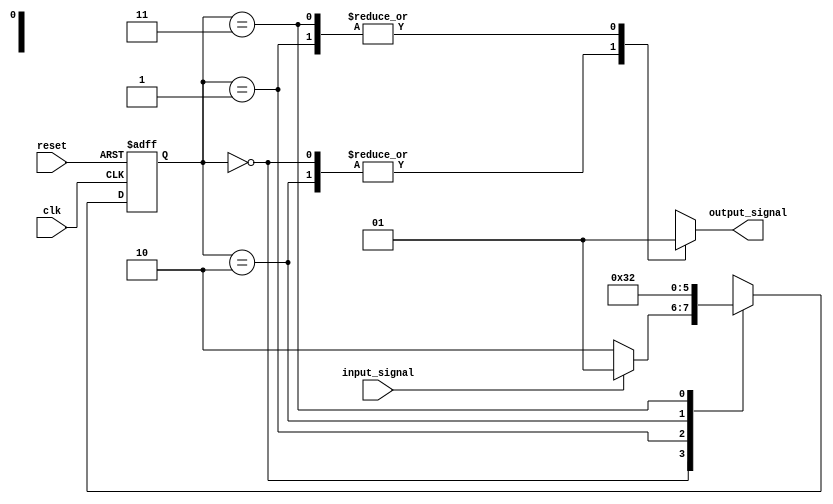
module state_machine (
    input wire clk,
    input wire reset,
    input wire input_signal,
    output reg output_signal
);

parameter STATE_A = 2'b00;
parameter STATE_B = 2'b01;
parameter STATE_C = 2'b10;
parameter STATE_D = 2'b11;

reg [1:0] state, next_state;

always @(posedge clk or posedge reset) begin
    if (reset) begin
        state <= STATE_A;
    end else begin
        state <= next_state;
    end
end

always @* begin
    case(state)
        STATE_A: begin
            if (input_signal) begin
                next_state = STATE_B;
            end else begin
                next_state = STATE_C;
            end
        end
        STATE_B: begin
            next_state = STATE_D;
        end
        STATE_C: begin
            next_state = STATE_A;
        end
        STATE_D: begin
            next_state = STATE_C;
        end
        default: begin
            next_state = STATE_A;
        end
    endcase
end

always @* begin
    case(state)
        STATE_A: begin
            output_signal = 1'b0;
        end
        STATE_B: begin
            output_signal = 1'b1;
        end
        STATE_C: begin
            output_signal = 1'b0;
        end
        STATE_D: begin
            output_signal = 1'b1;
        end
        default: begin
            output_signal = 1'b0;
        end
    endcase
end

endmodule